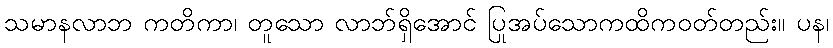
သမာနလာဘ ကတိကာ၊ တူသော လာဘ်ရှိအောင် ပြုအပ်သောကထိကဝတ်တည်း။ ပန၊